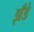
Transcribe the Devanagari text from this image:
झँडे